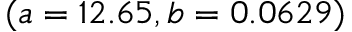
( a = 1 2 . 6 5 , b = 0 . 0 6 2 9 )